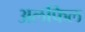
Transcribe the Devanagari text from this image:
अलफिल